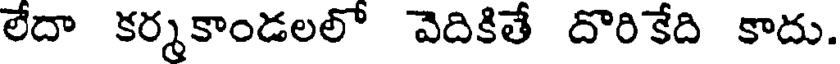
లేదా కర్మకాండలలో వెదికితే దొరికేది కాదు.